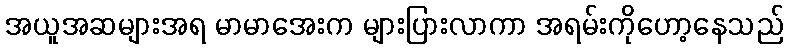
အယူအဆများအရ မာမာအေးက များပြားလာကာ အရမ်းကိုဟော့နေသည်